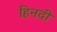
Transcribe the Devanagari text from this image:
हिनदी